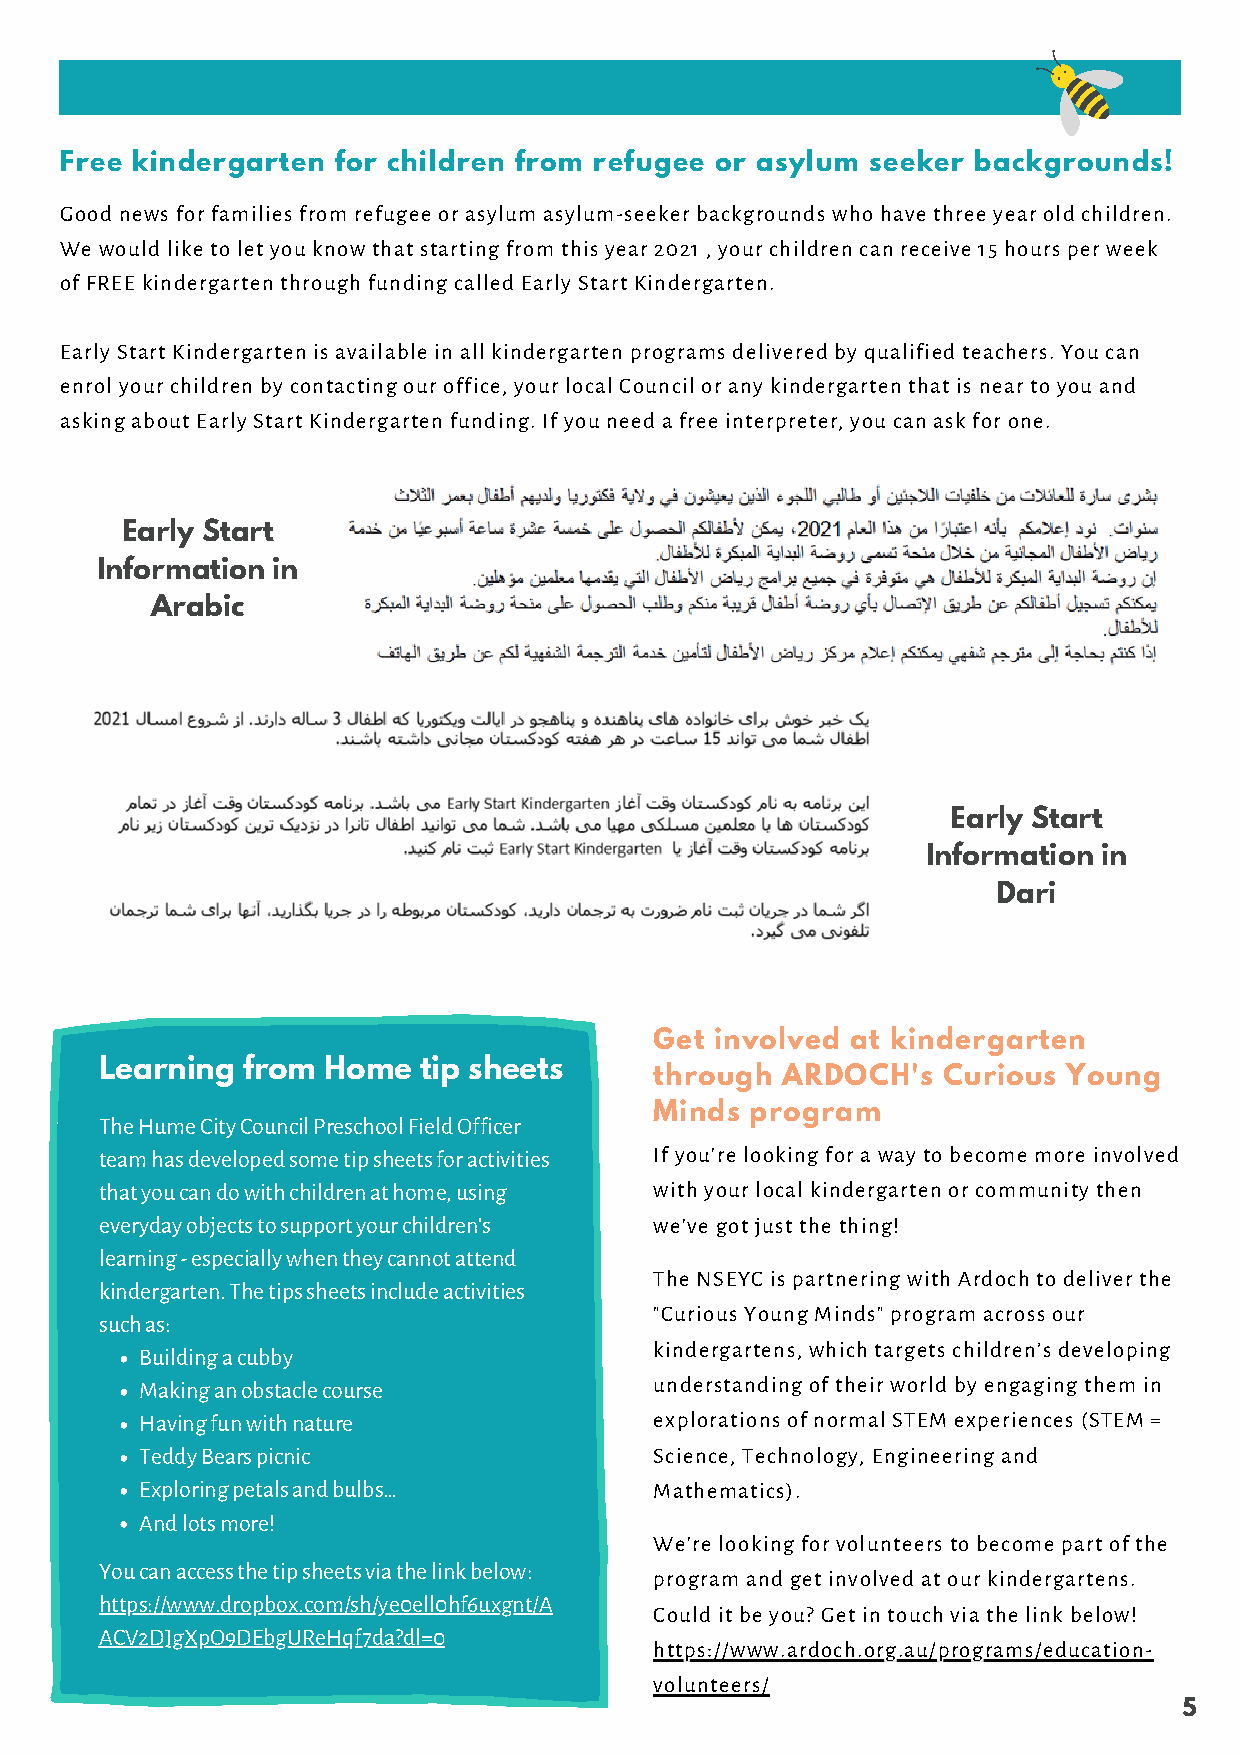
Free kindergarten for children from refugee or asylum seeker backgrounds!
 Good news for families from refugee or asylum asylum-seeker backgrounds who have three year old children.
 We would like to let you know that starting from this year 2021 , your children can receive 15 hours per week
 of FREE kindergarten through funding called Early Start Kindergarten.
 Early Start Kindergarten is available in all kindergarten programs delivered by qualified teachers. You can
 enrol your children by contacting our office, your local Council or any kindergarten that is near to you and
 asking about Early Start Kindergarten funding. If you need a free interpreter, you can ask for one.
 Early Start
 Information in
 Arabic
 Early Start
 Information in
 Dari
 Get involved at kindergarten
 Learning from Home   tip sheets
 through  ARDOCH's  Curious  Young
 Minds  program
 The Hume City Council Preschool Field Officer
 team has developed some tip sheets for activities If you're looking for a way to become more involved
 that you can do with children at home, using with your local kindergarten or community then
 everyday objects to support your children's we've got just the thing!
 learning - especially when they cannot attend
 The NSEYC is partnering with Ardoch to deliver the
 kindergarten. The tips sheets include activities
 "Curious Young Minds" program across our
 such as:
 kindergartens, which targets children’s developing
 Building a cubby
 Making an obstacle course         understanding of their world by engaging them in
 Having fun with nature            explorations of normal STEM experiences (STEM =
 Teddy Bears picnic                Science, Technology, Engineering and
 Exploring petals and bulbs…       Mathematics).
 And lots more!
 We're looking for volunteers to become part of the
 You can access the tip sheets via the link below:
 program and get involved at our kindergartens.
 https://www.dropbox.com/sh/ye0ell0hf6uxgnt/A
 Could it be you? Get in touch via the link below!
 ACV2DJgXpO9DEbgUReHqf7da?dl=0
 https://www.ardoch.org.au/programs/education-
 volunteers/
 5